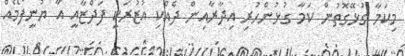
މިކަމާ ގުޅޭގޮތުން ކަމާ ގުޅުންހުރި އިދާރާއިން ދެއްކި އުޒުރަކީ ފަދްޒާއީ އާ ޔުނީފޯމެއް